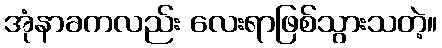
အုံနာခကလည်း လေးရာဖြစ်သွားသတဲ့။